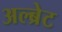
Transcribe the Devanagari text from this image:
अल्ब्रेट